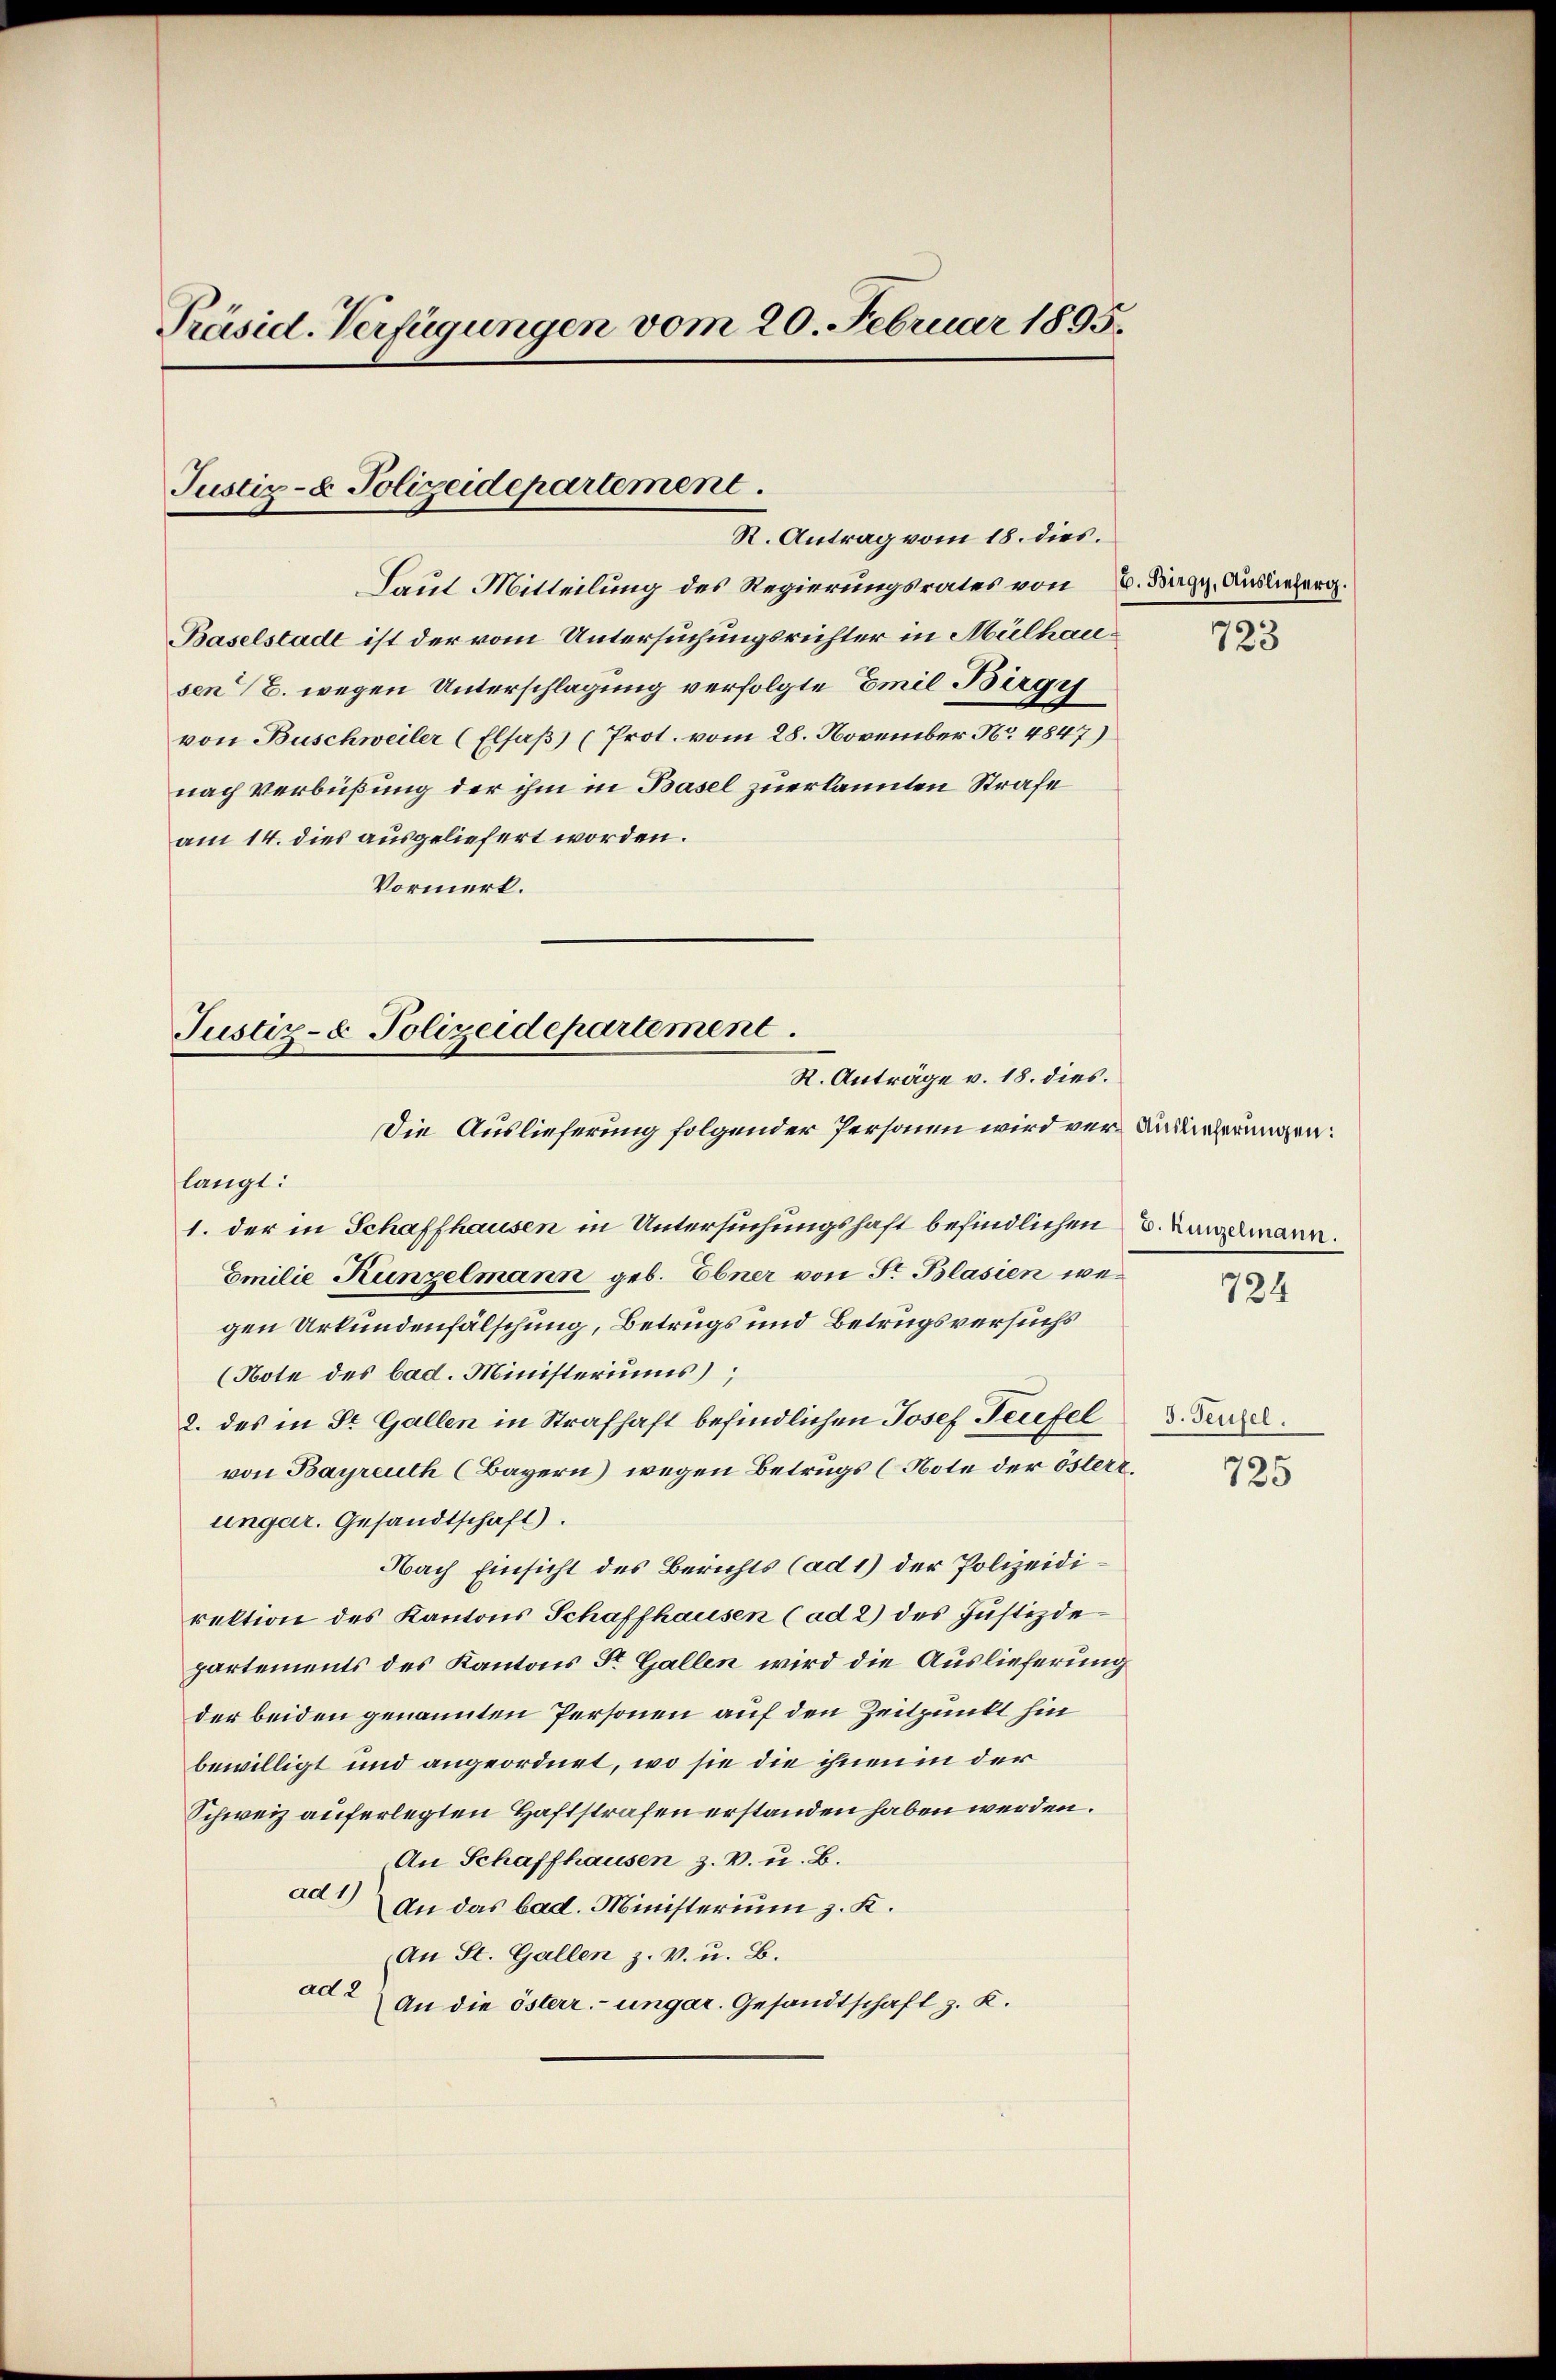
Präsid. Verfügungen vom 20. Februar 1895.

Justiz- & Polizeidepartement.
R. Antrag vom 18. dies.

Laut Mitteilung des Regierungsrates von C. Sagy. Auslieberg.
Baselstadt ist der vom Untersuchungsrichter in Mülhausen E. wegen Unterschlagung verfolgte Emil Bürgis
von Buschweiler (Elsaß) (Prot. vom 28. November No 4847)
nach Verbüßung der ihm in Basel zuerkannten Strafe
am 14. dies ausgeliefert worden.
Vormerk.

Justiz- & Polizeidepartement
R. Anträge v. 18. dies.
Die Auslieferung folgender Personen wird vor Auslicherungen:

langt:
1. der in Schaffhausen in Untersuchungshaft befindlichen
Emilie Kunzelmann geb. Ebner von Sr Blasien wegen Urkundenfälschung, Betrugs und Betrugsversuchs
(Note des bad. Ministeriums,
2. des in Dr. Gallen in Strafhaft befindlichen Josef Teufel
von Bayreuth (Bayern) wegen Betrugs (Note der österr.
ungar. Gesandtschaft).
Nach Einsicht des Berichts (ad 1) der Polizeidirektion des Kantons Schaffhausen (ad 2) des Justizdepartements des Kantons Sr. Gallen wird die Auslieferung
der beiden genannten Personen auf den Zeitpunkt hin
bewilligt und angeordnet, wo sie die ihnen in der
Schweiz auferlegten Haftstrafen erstanden haben werden.
An Schaffhausen z. v. u. B.
ad 1)
An das bad. Ministerium z. K.
An St. Gallen z. v. u. B.
ade
An die österr.-ungar. Gesandtschaft z. K.

723

D. Kunzelmann.
724

3. Teufel.

725